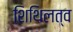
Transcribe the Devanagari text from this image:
शिथिलत्व